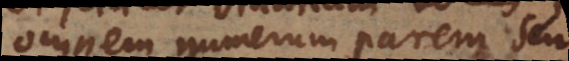
omnem numerum parem seu